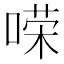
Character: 𱓲